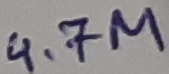
Text: 4.7M